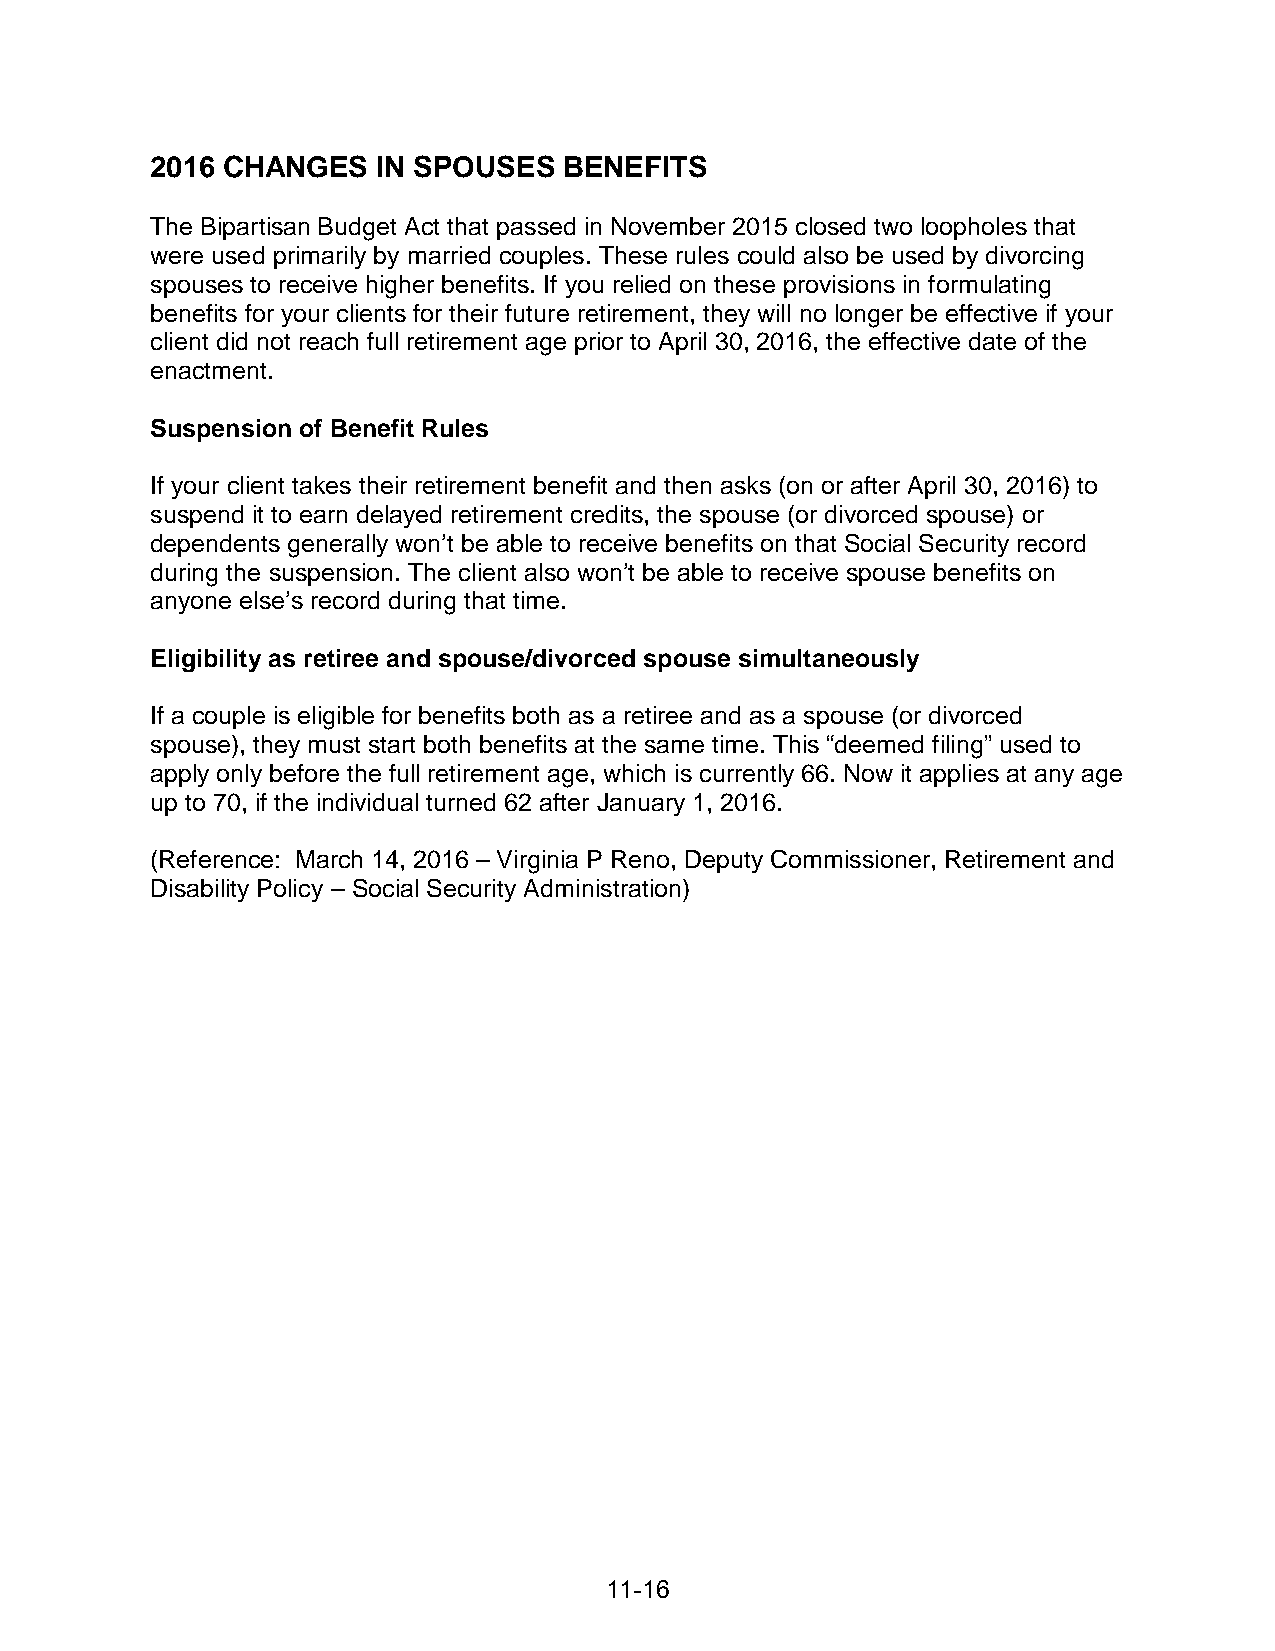
2016 CHANGES   IN SPOUSES  BENEFITS
 The Bipartisan Budget Act that passed in November 2015 closed two loopholes that
 were used primarily by married couples. These rules could also be used by divorcing
 spouses to receive higher benefits. If you relied on these provisions in formulating
 benefits for your clients for their future retirement, they will no longer be effective if your
 client did not reach full retirement age prior to April 30, 2016, the effective date of the
 enactment.
 Suspension of Benefit Rules
 If your client takes their retirement benefit and then asks (on or after April 30, 2016) to
 suspend it to earn delayed retirement credits, the spouse (or divorced spouse) or
 dependents generally won’t be able to receive benefits on that Social Security record
 during the suspension. The client also won’t be able to receive spouse benefits on
 anyone else’s record during that time.
 Eligibility as retiree and spouse/divorced spouse simultaneously
 If a couple is eligible for benefits both as a retiree and as a spouse (or divorced
 spouse), they must start both benefits at the same time. This “deemed filing” used to
 apply only before the full retirement age, which is currently 66. Now it applies at any age
 up to 70, if the individual turned 62 after January 1, 2016.
 (Reference: March 14, 2016 – Virginia P Reno, Deputy Commissioner, Retirement and
 Disability Policy – Social Security Administration)
 11-16